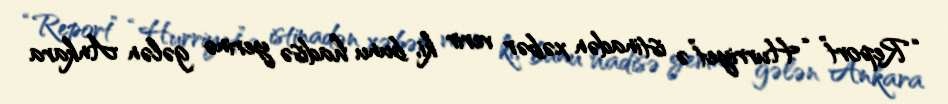
“Report” “Hurriyet”ə istinadən xəbər verir ki, bunu hadisə yerinə gələn Ankara